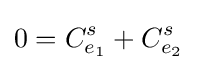
0=C_{e_{1}}^{s}+C_{e_{2}}^{s}